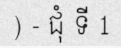
) - ជុំ ទី 1